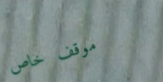
موقف خاص